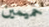
حميمين